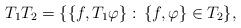
LaTeX: \begin{align*}T_{1}T_{2}=\{ \{f,T_{1}\varphi \} :\, \{f, \varphi\} \in T_{2}\},\end{align*}